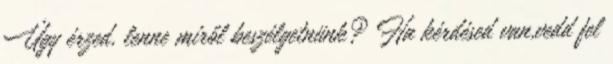
Úgy érzed, lenne miről beszélgetnünk? Ha kérdésed van,vedd fel